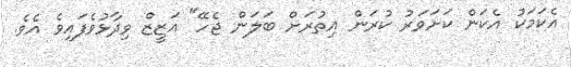
އެކަމަކު އެކަން ކަށަވަރު ކުރަން އިތުރަށް ބަލަން ޖެހޭ" އަޒީޒް ވިދާޅުވެފައިވެ އެވެ.